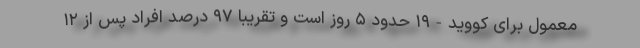
معمول برای کووید-۱۹ حدود ۵ روز است و تقریبا ۹۷ درصد افراد پس از ۱۲